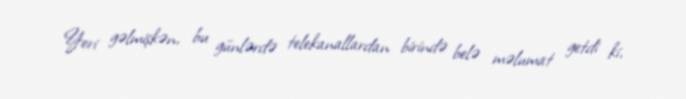
Yeri gəlmişkən, bu günlərdə telekanallardan birində belə məlumat getdi ki,